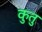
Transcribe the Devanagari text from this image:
कुतु